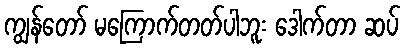
ကျွန်တော် မကြောက်တတ်ပါဘူး ဒေါက်တာ ဆပ်